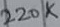
Text: 220K